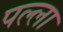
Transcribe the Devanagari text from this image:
पल्‍ला